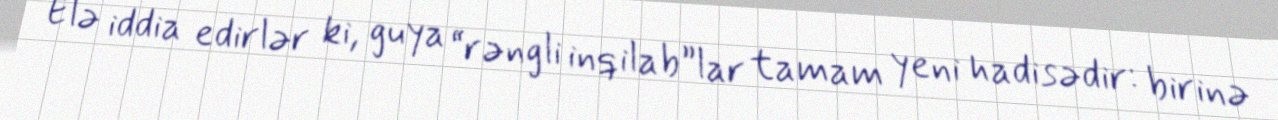
Elə iddia edirlər ki, guya “rəngli inqilab”lar tamam yeni hadisədir: birinə